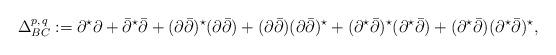
LaTeX: \begin{align*}\Delta^{p, \, q}_{BC}:=\partial^{\star}\partial + \bar\partial^{\star}\bar\partial + (\partial\bar\partial)^{\star}(\partial\bar\partial) + (\partial\bar\partial)(\partial\bar\partial)^{\star} + (\partial^{\star}\bar\partial)^{\star}(\partial^{\star}\bar\partial) + (\partial^{\star}\bar\partial)(\partial^{\star}\bar\partial)^{\star},\end{align*}